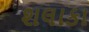
શલાકા